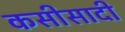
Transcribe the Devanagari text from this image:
कसीसादी